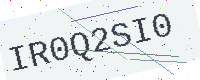
Text: IR0Q2SI0